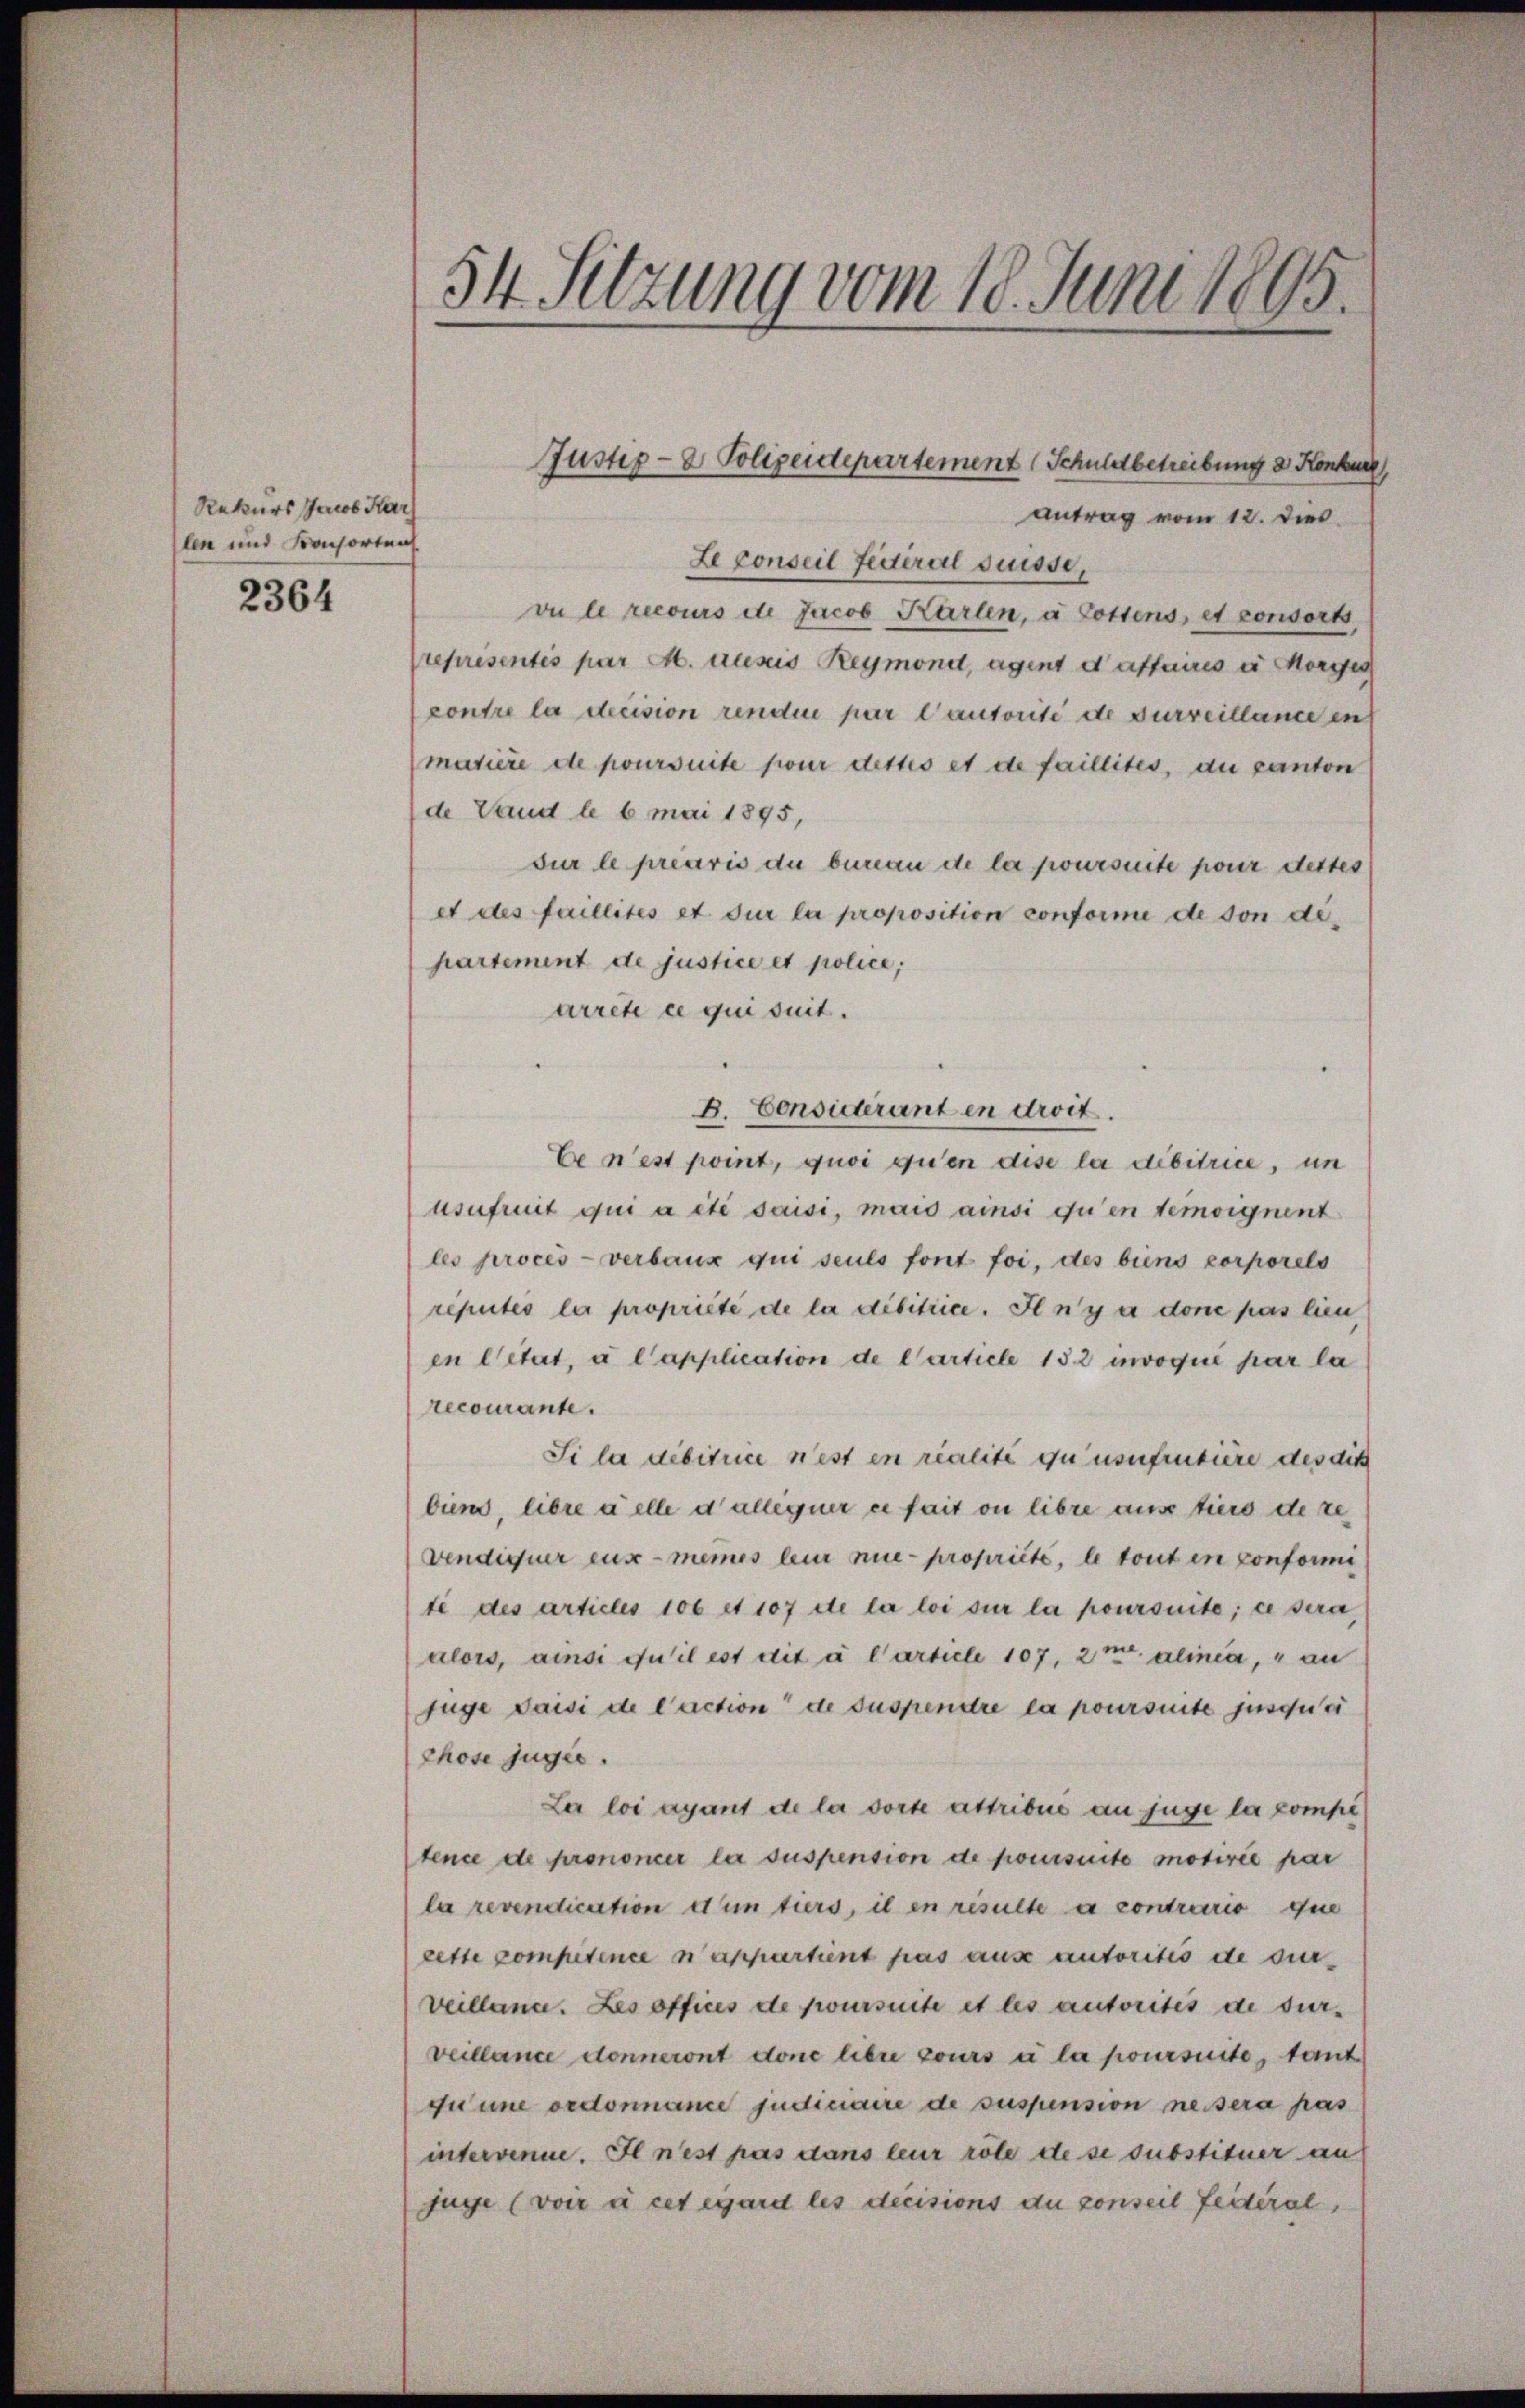
Rekurs Jacob Kar
len und Konsorten.

2364

Antrag vom 12. Dies
Le conseil festeral Suisse,
vu le recours ete Jacob Karten, a Lottens, et consort
Preprésentés par M. ausis Reymond, agent daffaires u Morges
contre la decision renden par l’autorité de surveillance in
matière de poursuite pour dettes et de faillites, du canton
de Vaud le 6 mai 1895,
sur le préavis du benau de la poursuite pour dettes
et des faillités et sur la proposition conforme de son dipartement de justice et police;
arrete ce qui suit.
B. Considerant en droit.
Ee n’est point, quoi quen dise la débitrice, um
usufruit qui a été saisi, mais ainsi qu’en temoignent
les procès-verbaux qui seuls font foi, des biens corporels
reputés la propriété de la dibitiice. Il n’y a done pas lieu
en Citat, à l’application de Carticle 132 invoqué par la
recourante.
Si la debitrice nest en realité qu usufruitiere des dick
biens, libre delle dallegner ee fait ou libre aus tiers de re
vendiquer eux-mêmes leur nie propriété, le tout in conformi
te des articles 106 et 107 de la loi sur la poursuite; ce sera,
alors, ainsi qu’il est dit à l’article 107, 2 m alinea, au
füge daisi de l’action de suspendre la poursuite jusquai
phose jugée.
La loi ayant de la sorte attribue an juge la compe
tence de prononcer la suspension de poursuite motivée par
la revendication dem tiers, il en resulte a contrario que
cette competence n’appartient pas aus autorités de sur
veilland. Les offices de poursuite et les autorités de surveillance donneront done libre cours à la poursuite, tant
quune ordonnance judinaire de suspension ne sera pas
intervenue. Il n’est pas dans leur röte de se substituer an
füge (voir à cet égard les decisions du conseil Leiteral,

54 Sitzung vom 18. Juni 1895.

Justiz- & Polizeidepartement (Schuldbetreibung d. Konkur